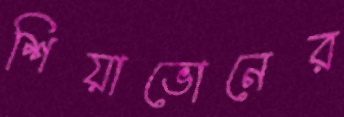
শিয়াভোনের